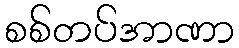
စစ်တပ်အာဏာ